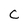
Character: C